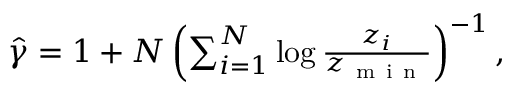
\begin{array} { r } { \hat { \gamma } = 1 + N \left( \sum _ { i = 1 } ^ { N } \log \frac { z _ { i } } { z _ { \mathrm { ~ m ~ i ~ n ~ } } } \right) ^ { - 1 } , } \end{array}